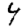
Digit: 4